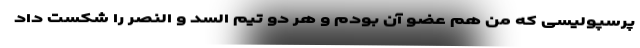
پرسپولیسی که من هم عضو آن بودم و هر دو تیم السد و النصر را شکست داد